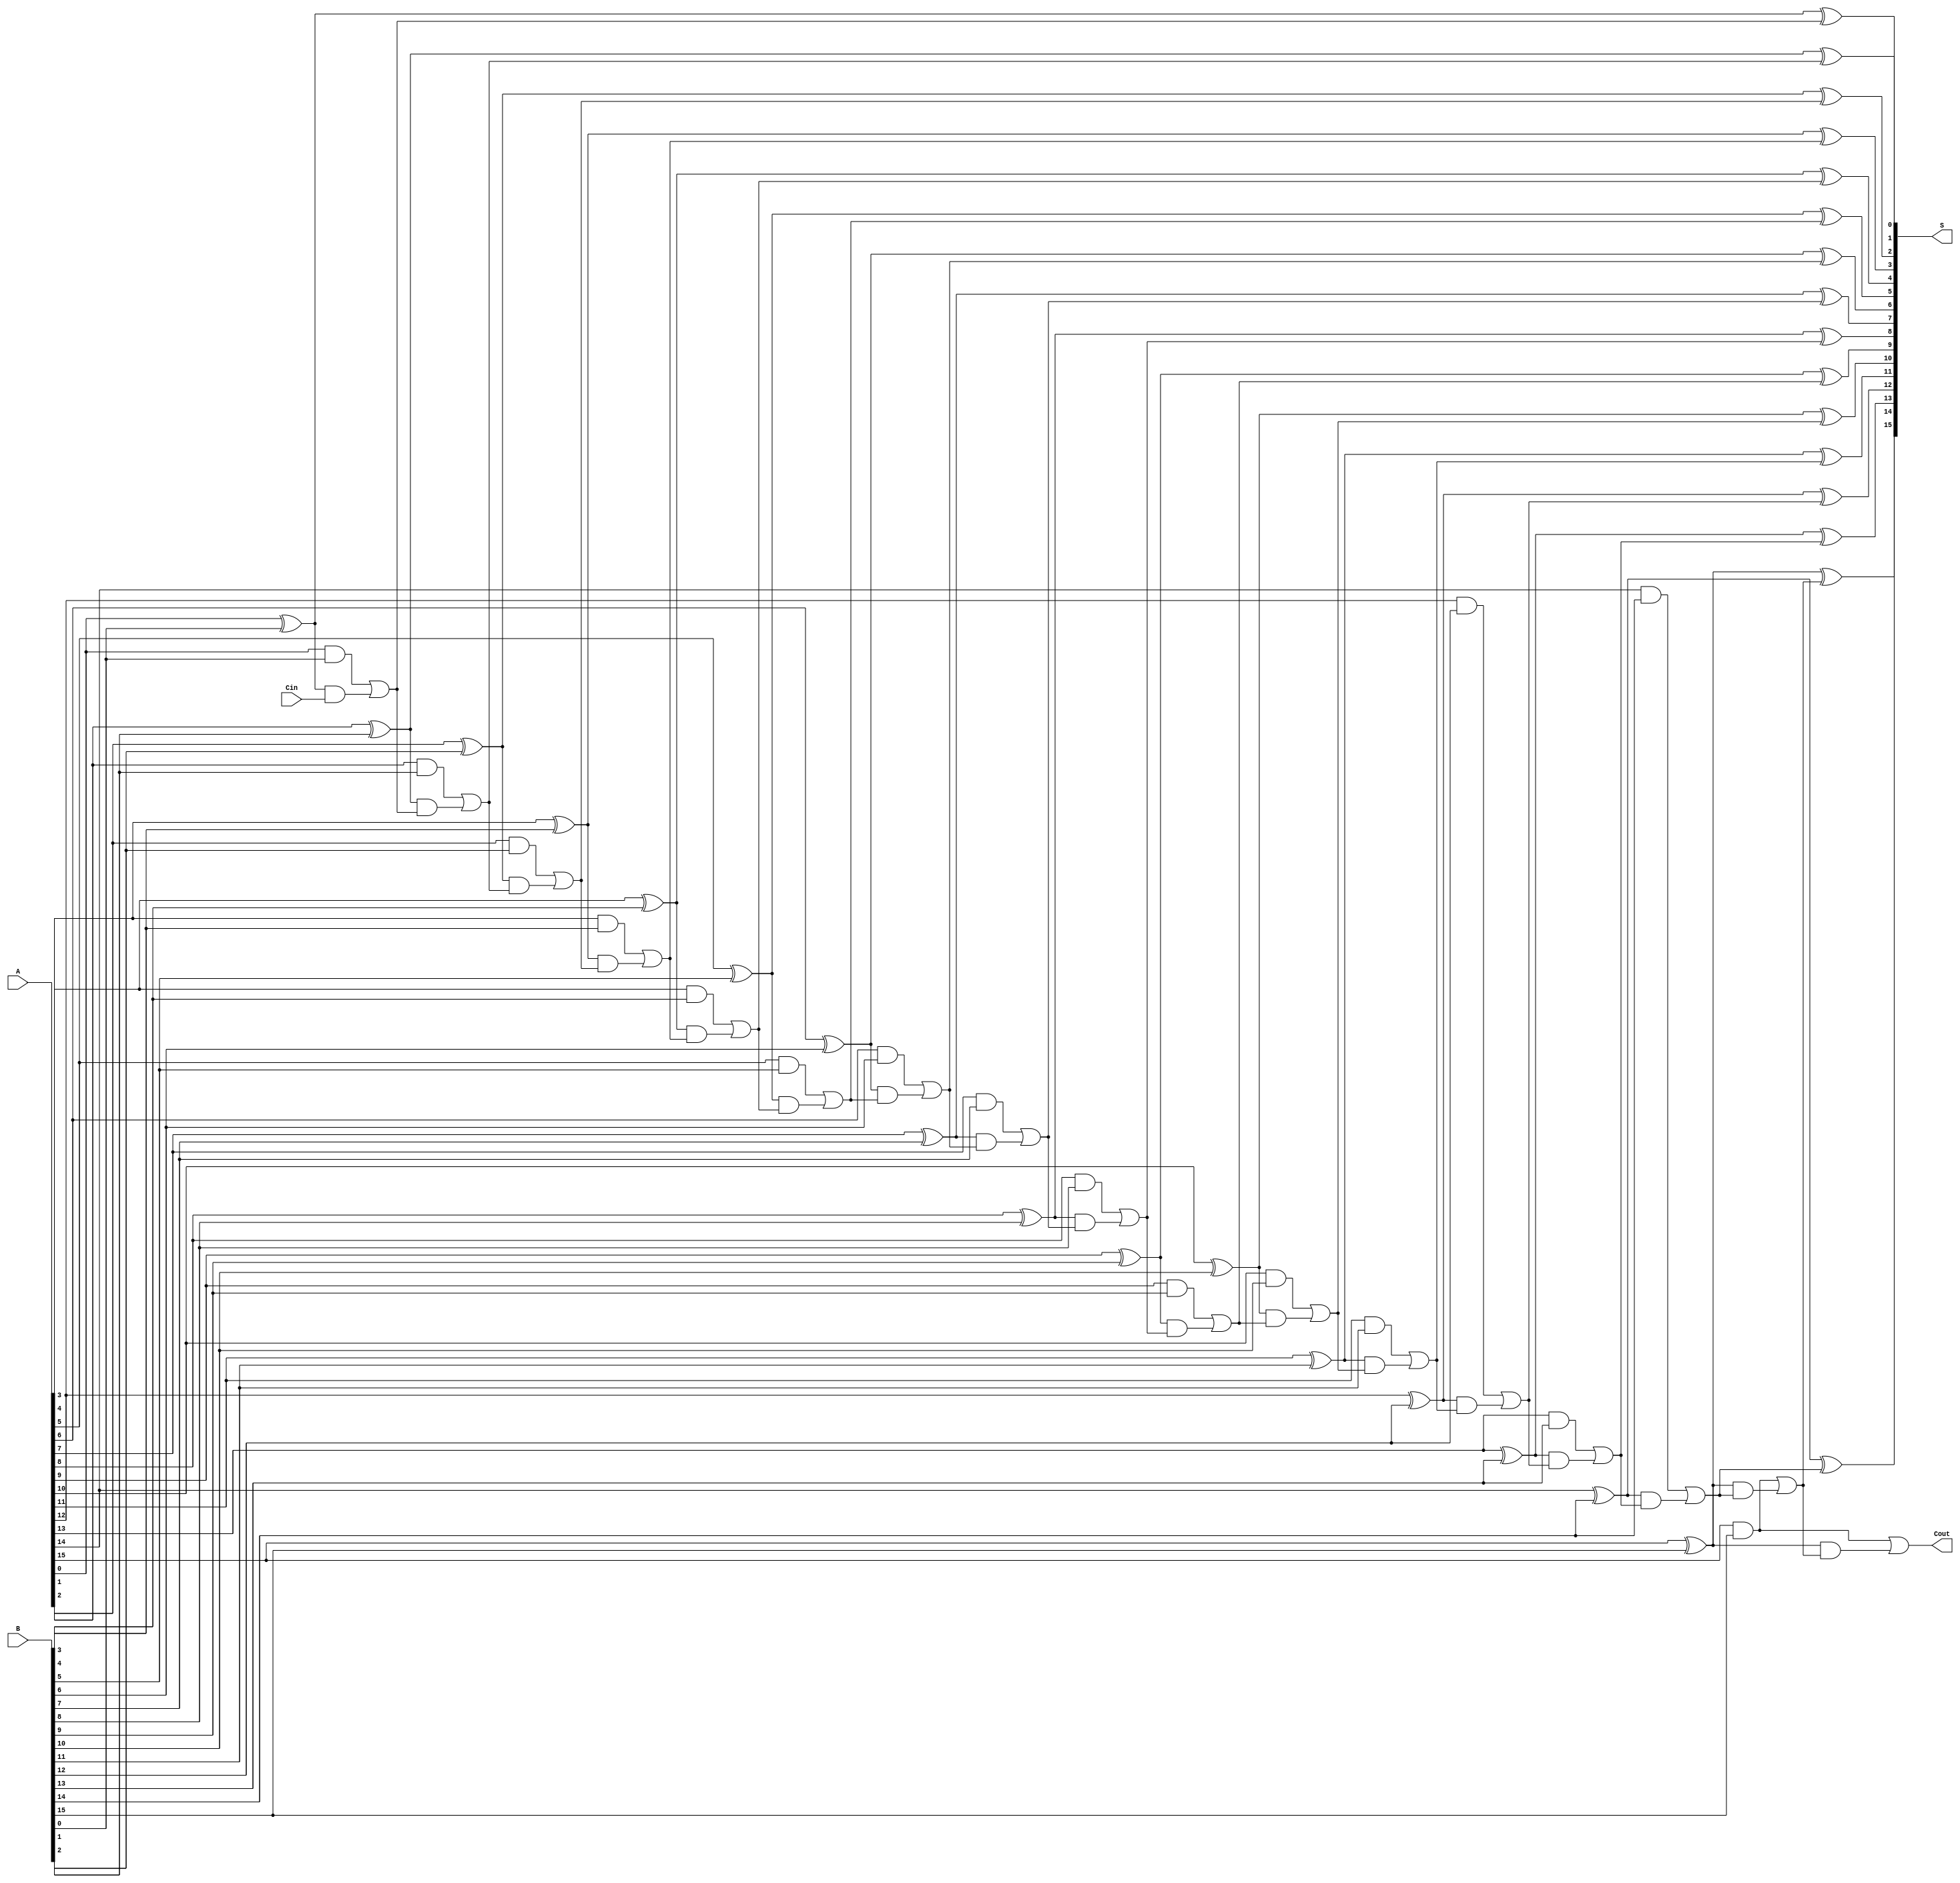
module han_carlson_adder #(parameter N = 16) (
    input  [N-1:0] A,       // First input
    input  [N-1:0] B,       // Second input
    input          Cin,      // Carry-in
    output [N-1:0] S,       // Sum output
    output         Cout      // Carry-out
);

    // Internal signals
    wire [N:0] P;  // Propagate signals
    wire [N:0] G;  // Generate signals
    wire [N:0] C;  // Carry signals

    // Generate and propagate signals
    genvar i;
    generate
        for (i = 0; i < N; i = i + 1) begin: gen_prop
            assign P[i] = A[i] ^ B[i];    // Propagate signal
            assign G[i] = A[i] & B[i];    // Generate signal
        end
        assign P[N] = 1'b1;  // Propagate for carry out
        assign G[N] = 1'b0;  // Generate for carry out
    endgenerate

    // Carry signal calculation
    generate
        for (i = 0; i < N; i = i + 1) begin: carry_calc
            if (i == 0) begin
                assign C[i] = G[i] | (P[i] & Cin); // First carry
            end else begin
                assign C[i] = G[i] | (P[i] & C[i-1]); // Subsequent carries
            end
        end
    endgenerate

    // Sum calculation
    generate
        for (i = 0; i < N; i = i + 1) begin: sum_calc
            assign S[i] = P[i] ^ C[i]; // Sum bit
        end
    endgenerate

    // Carry Out
    assign Cout = G[N-1] | (P[N-1] & C[N-1]); // Final carry out

endmodule